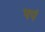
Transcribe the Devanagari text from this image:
पपं